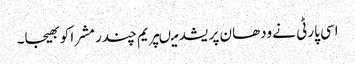
اسی پارٹی نے ودھان پریشد میںپریم چندر مشرا کو بھیجا۔